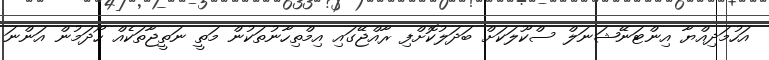
އަހުމަދިއްޔާ އިންޓަނޭޝަނަލް ސްކޫލަކަށް ބަދަލުކޮށްފި ރާއްޖޭގައި އިމްތިހާނުތަކުން މަތީ ނަތީޖާތަކެއް ހޯދަމުން އަންނަ